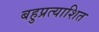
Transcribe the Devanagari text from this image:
बहुप्रत्याशित